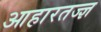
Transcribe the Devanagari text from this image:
आहारतज्ज्ञ